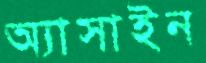
অ্যাসাইন